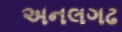
અનલગઢ